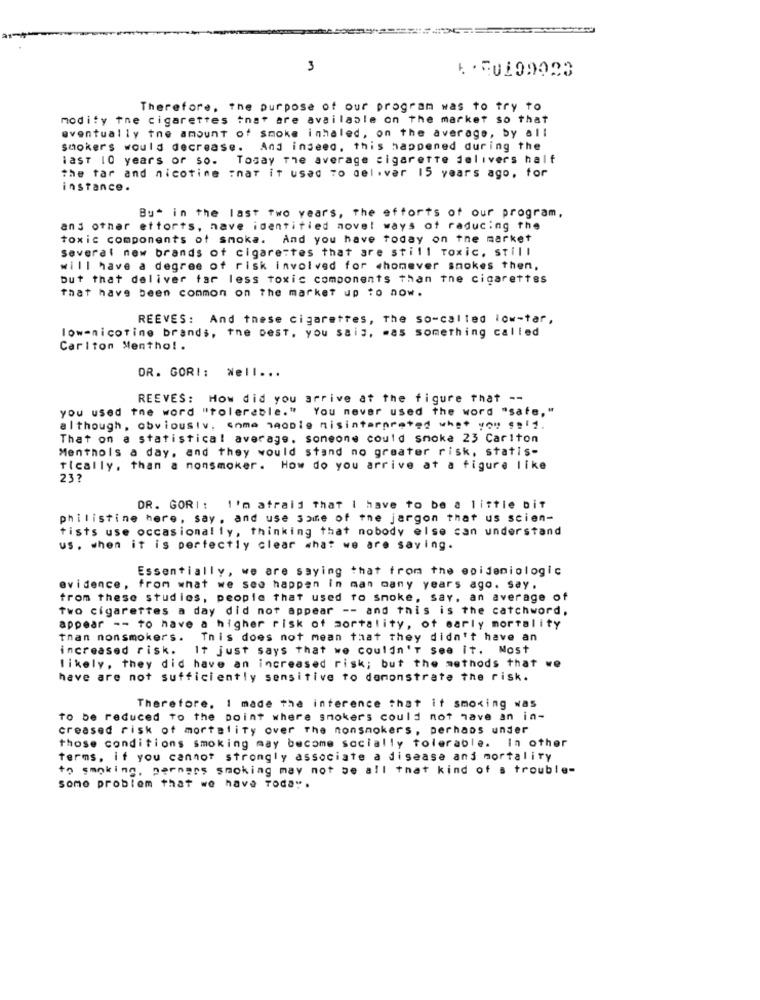
3
Therefore, the purpose of our program was to try to
modity tne cigarettes tnat are available on the market so that
eventually tne amount of smoke inhaled, on the average, by all
smokers would decrease. And indeed, this happened during the
last 10 years or so. Tosay the average cigarette delivers half
the tar and nicotine :nar it used To deliver 15 years ago, for
instance.
But in the last two years, the efforts of our program.
and other ettorts, have identified novel ways of reducing the
toxic components of smoka. And you have today on the market
several new brands of cigarettes that are still Toxic. still
will have a degree of risk involved for whomever smokes then,
but that deliver far less toxic components than the cigarettes
That have been common on the market up to now.
REEVES: And these cigarettes, The so-called low-tar,
low-nicotine brands, the best, you sais, mas something called
Carlton Mentho !.
DR. GOR! :
Well ...
REEVES: How did you arrive at the figure that --
you used the word "tolerable." You never used the word "safe,"
although, obviousiv, enme saoule misinterpreted whet you sel1.
That on a statistical average. someone could smoke 23 Carlton
Menthols a day, and they would stand no greater risk, statis-
Tically, than a nonsmoker. How do you arrive at a figure like
237
DR. GORI :
I'm afraid that I have to be a little bit
philistine here, say , and use some of the jargon that us scien-
tists use occasionally, thinking that nobody else can understand
us. when it is perfectly clear what we are saving.
Essentially, we are saying that from the epidemiologic
evidence, from what we see happen in man many years ago. say.
from these studies, people that used to smoke, say, an average of
Two cigarettes a day did not appear -- and this is the catchword,
appear -- to have a higher risk of mortality, of early mortality
Than nonsmokers .
This does not mean that they didn't have an
increased risk.
It just says that we couldn'T see it. Most
likely, they did have an increased risk; but the methods that we
have are not sufficiently sensitive to demonstrate the risk.
Therefore, I made the interence that it smoking was
to be reduced to the point where smokers could not have an in-
creased risk of mortality over the nonsmokers, perhaps under
those conditions smoking may become socially tolerable. In other
terms. if you cannot strongly associate a disease and mortality
to smoking, pernars smoking may not be all that kind of s trouble-
some problem that we have Toda" .